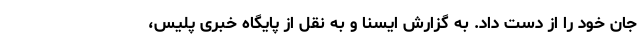
جان خود را از دست داد. به گزارش ایسنا و به نقل از پایگاه خبری پلیس،